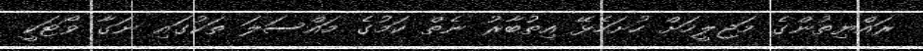
ރައްޔިތުންގެ މަޖިލީހަށް ހުށަހެޅޭ އިތުބާރު ނެތް ކަމުގެ މައްސަލަ ތަކުގައި ނަގާ ވޯޓަކީ